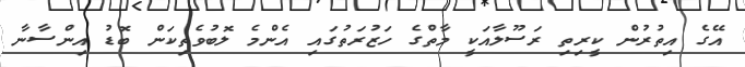
އޭގެ އިތުރުން ކީރިތި ރަސޫލާއަކީ މާތްގެ ހަޒުރަތުގައި އެންމެ ލޮބުވެތިކަން ބޮޑު އިންސާނާ